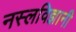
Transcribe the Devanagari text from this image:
नस्लविज्ञानी